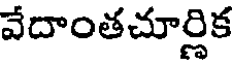
వేదాంతచూర్లిక